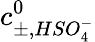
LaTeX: c_{\pm,HSO_{4}^{-}}^{0}